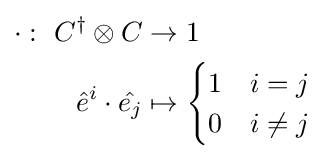
{\begin{aligned}\cdot :\ C^{\dagger }\otimes C&\to 1\\{\hat {e}}^{i}\cdot {\hat {e_{j}}}&\mapsto {\begin{cases}1&i=j\\0&i\neq j\end{cases}}\end{aligned}}